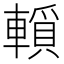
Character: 𨎘